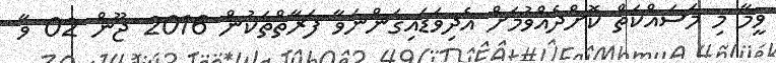
ވީމާ މި މަސައްކަތް ކޮށްދެއްވުމަށް އެދިވަޑައިގަންނަވާ ފަރާތްތަކުން 2016 ޖޫން 02 ވާ